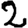
Digit: 2